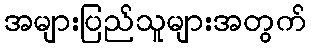
အများပြည်သူများအတွက်